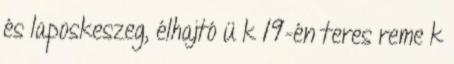
és laposkeszeg, élhajtó ü k 19-én teres reme k